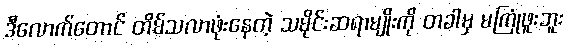
ဒီလောက်တောင် တိမ်သလာဖုံးနေတဲ့ သမိုင်းဆရာမျိုးကို တခါမှ မကြုံဖူးဘူး